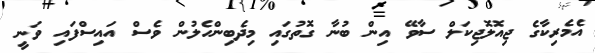
އެމެރިކާގެ ޖިއޮލޮޖިކަލް ސާވޭ އިން ބުނާ ގޮތުގައި މިދެބިންހެލުން ވެސް އައިސްފައި ވަނީ